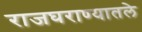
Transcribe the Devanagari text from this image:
राजघराण्यातले